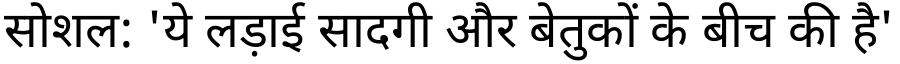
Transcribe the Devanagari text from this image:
सोशल: 'ये लड़ाई सादगी और बेतुकों के बीच की है'